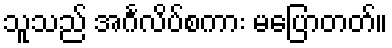
သူသည် အင်္ဂလိပ်စကား မပြောတတ်။